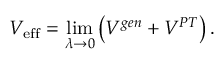
V _ { \mathrm { e f f } } = \operatorname * { l i m } _ { \lambda \rightarrow 0 } \left( V ^ { g e n } + V ^ { P T } \right) .